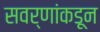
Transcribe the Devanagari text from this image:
सवर्णांकडून